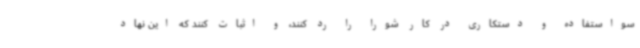
سواستفاده و دستکاری در کار شورا را رد کنند، و اثبات کنند که این نهاد